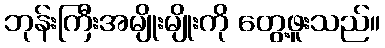
ဘုန်းကြီးအမျိုးမျိုးကို တွေ့ဖူးသည်။